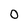
Character: O